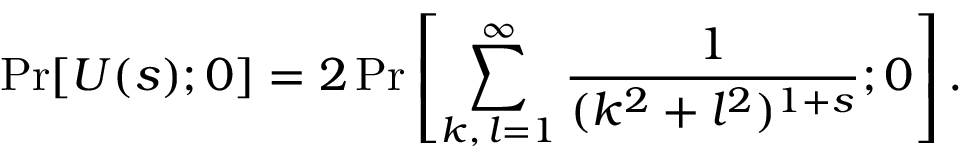
\mathrm { P r } [ U ( s ) ; 0 ] = 2 \, \mathrm { P r } \left[ \sum _ { k , \, l = 1 } ^ { \infty } \frac { 1 } { ( k ^ { 2 } + l ^ { 2 } ) ^ { 1 + s } } ; 0 \right] .